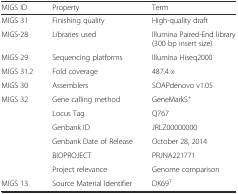
<table><thead><tr><td><b>MIGS ID</b></td><td><b>Property</b></td><td><b>Term</b></td></tr></thead><tbody><tr><td>MIGS 31</td><td>Finishing quality</td><td>High-quality draft</td></tr><tr><td>MIGS-28</td><td>Libraries used</td><td>Illumina Paired-End library (300 bp insert size)</td></tr><tr><td>MIGS 29</td><td>Sequencing platforms</td><td>Illumina Hiseq2000</td></tr><tr><td>MIGS 31.2</td><td>Fold coverage</td><td>487.4 x</td></tr><tr><td>MIGS 30</td><td>Assemblers</td><td>SOAPdenovo v1.05</td></tr><tr><td rowspan="6">MIGS 32</td><td>Gene calling method</td><td>GeneMarkS<sup>+</sup></td></tr><tr><td>Locus Tag</td><td>Q767</td></tr><tr><td>Genbank ID</td><td>JRLZ00000000</td></tr><tr><td>Genbank Date of Release</td><td>October 28, 2014</td></tr><tr><td>BIOPROJECT</td><td>PRJNA221771</td></tr><tr><td>Project relevance</td><td>Genome comparison</td></tr><tr><td>MIGS 13</td><td>Source Material Identifier</td><td>DK69<sup>T</sup></td></tr></tbody></table>